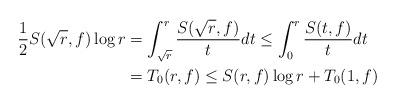
LaTeX: \begin{align*}\begin{aligned}\frac12 S(\sqrt{r},f)\log r& = \int_{\sqrt{r}}^r\frac{S(\sqrt{r},f)}{t}dt\leq \int_{0}^r\frac{S(t,f)}{t}dt\\ &= T_0(r,f)\leq S(r,f)\log r+T_0(1,f)\end{aligned}\end{align*}